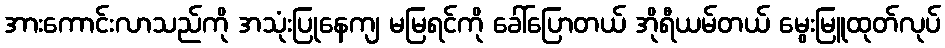
အားကောင်းလာသည်ကို အသုံးပြုနေကျ မမြရင်ကို ခေါ်ပြောတယ် အိုရီယမ်တယ် မွေးမြူထုတ်လုပ်